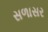
સળાસર